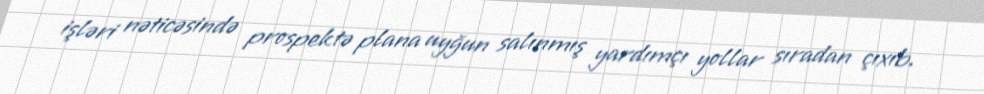
işləri nəticəsində prospektə plana uyğun salınmış yardımçı yollar sıradan çıxıb.